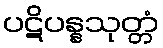
ပဋိပန္နသုတ္တံ